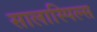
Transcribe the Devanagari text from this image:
सालास्पिल्स